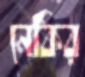
নেকির